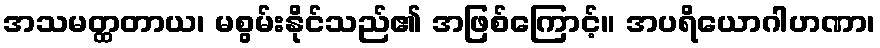
အသမတ္ထတာယ၊ မစွမ်းနိုင်သည်၏ အဖြစ်ကြောင့်။ အပရိယောဂါဟဏာ၊